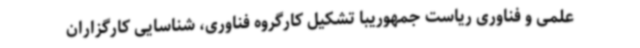
علمی و فناوری ریاست جمهوریبا تشکیل کارگروه فناوری، شناسایی کارگزاران